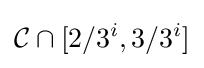
{\mathcal {C}}\cap [2/3^{i},3/3^{i}]